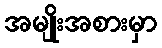
အမျိုးအစားမှာ